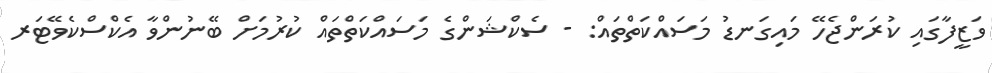
ވަޒީފާގައި ކުރަންޖެހޭ މައިގަނޑު މަސައްކަތްތައް: - ސެކްޝަންގެ މަސައްކަތްތައް ކުރުމަށް ބޭނުންވާ އެކްސްކެވޭޓަރ